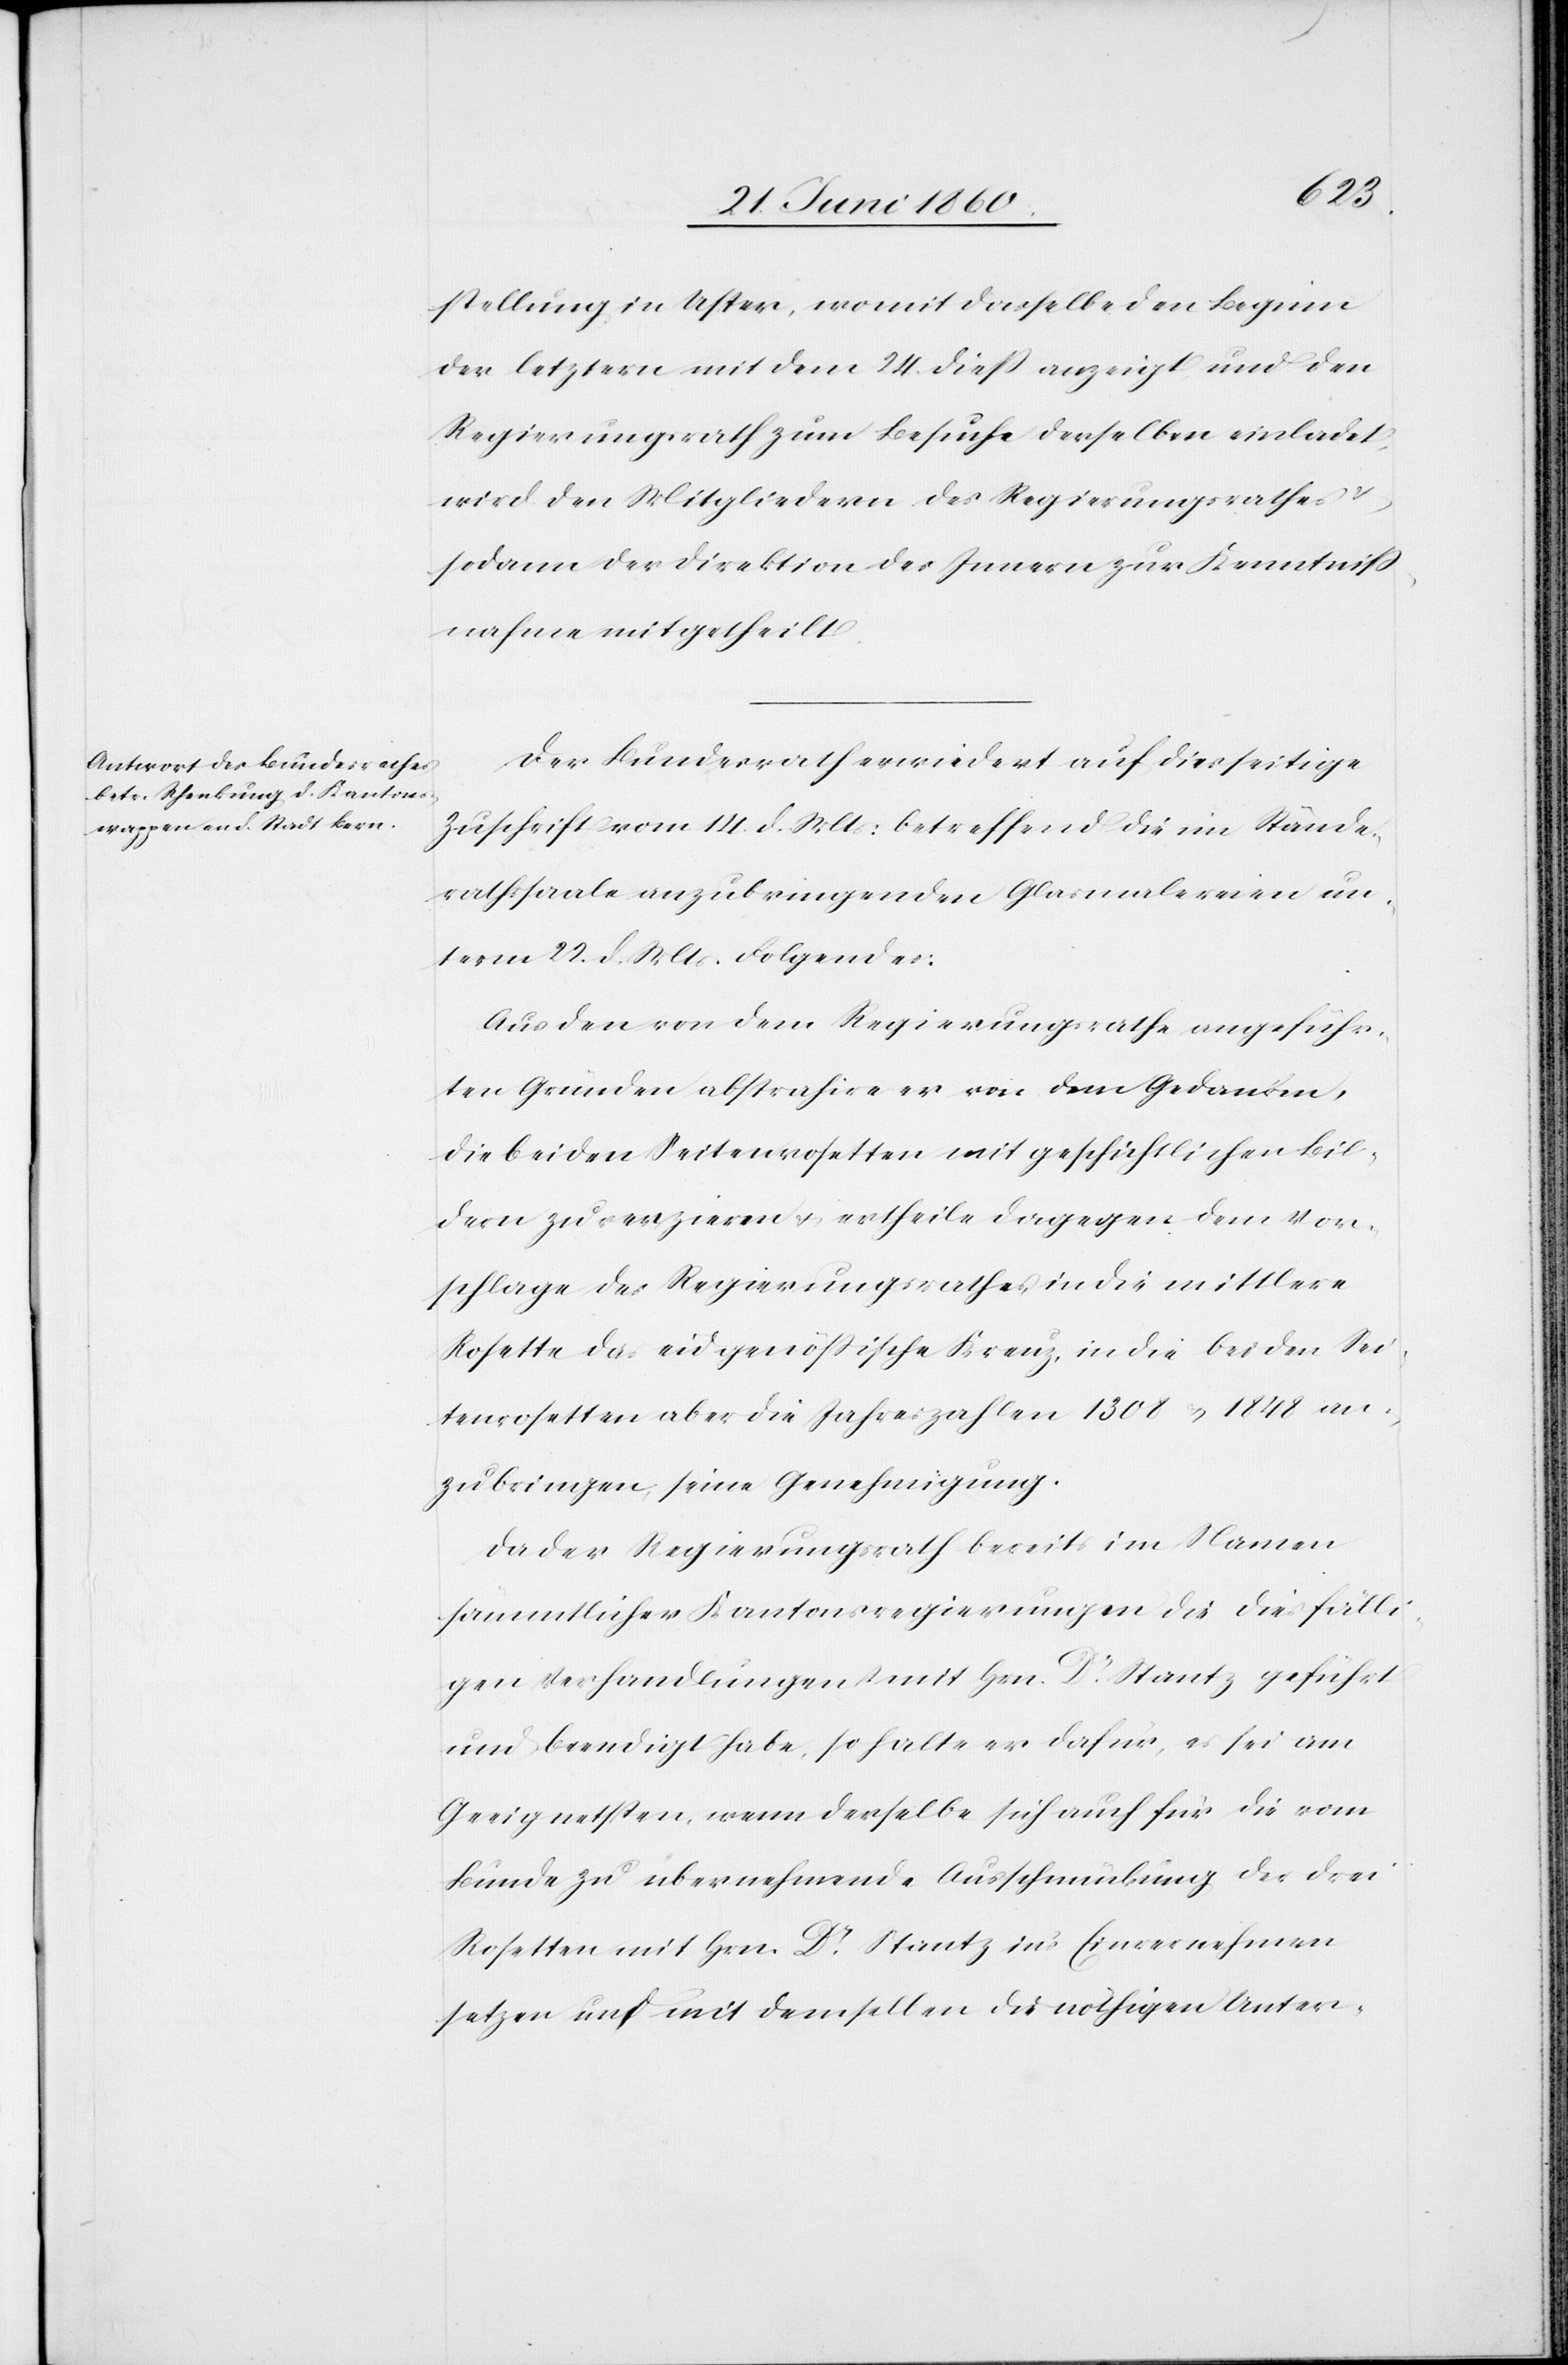
25. Juni 1860.]
stellung in Uster, womit dasselbe den Beginn
der letztern mit dem 24. diess anzeigt und den
Regierungsrath zum Besuche derselben einladet,
wird den Mitgliedern des Regierungsrathes u.
sodann der Direktion des Innern zur Kenntniss¬
nahme mitgetheilt.
Der Bundesrath erwiedert auf diesseitige
Zuschrift vom 14. d. Mts: betreffend die im Stände¬
rathssaale anzubringenden Glasmalereien un¬
term 22. d. Mts. Folgendes:
Aus den von dem Regierungsrathe angeführ¬
ten Gründen abstrahire er von dem Gedanken,
die beiden Seitenrosetten mit geschichtlichen Bil¬
dern zu verzieren u. ertheile dagegen dem Vor¬
schlage des Regierungsrathes, in die mittlere
Rosette das eidgenössische Kreuz, in die beiden Sei¬
tenrosetten aber die Jahreszahlen 1308 u. 1848 an¬
zubringen seine Genehmigung.
Da der Regierungsrath bereits im Namen
sämmtlicher Kantonsregierungen die diesfälli¬
gen Verhandlungen mit Hrn. Dr Stantz geführt
und beendigt habe, so halte er dafür, es sei am
Geeignetsten, wenn derselbe sich auch für die vom
Bunde zu übernehmende Ausschmückung der drei
Rosetten mit Hrn. Dr Stantz in’s Einvernehmen
setzen und mit demselben die nöthigen Unter-